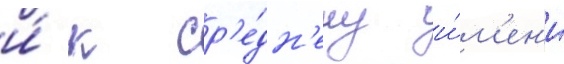
и́ к ср'е́дн'ему и́м'ен'и